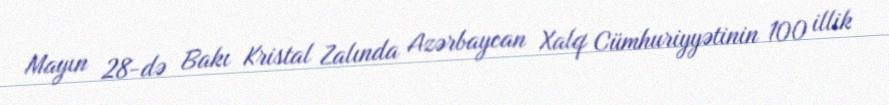
Mayın 28-də Bakı Kristal Zalında Azərbaycan Xalq Cümhuriyyətinin 100 illik